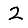
Digit: 2